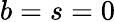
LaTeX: b=s=0